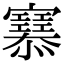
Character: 𢥜